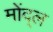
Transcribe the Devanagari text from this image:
मोंद्ल